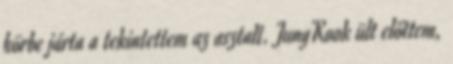
körbe járta a tekintettem az asztalt. JungKook ült előttem,